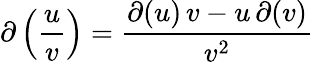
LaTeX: \partial\left({\frac{u}{v}}\right)={\frac{\partial(u)\, v-u\, \partial(v)}{v^{2}}}